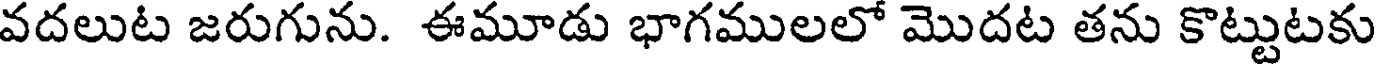
వదలుట జరుగును. ఈమూడు భాగములలో మొదట తను కొట్టుటకు